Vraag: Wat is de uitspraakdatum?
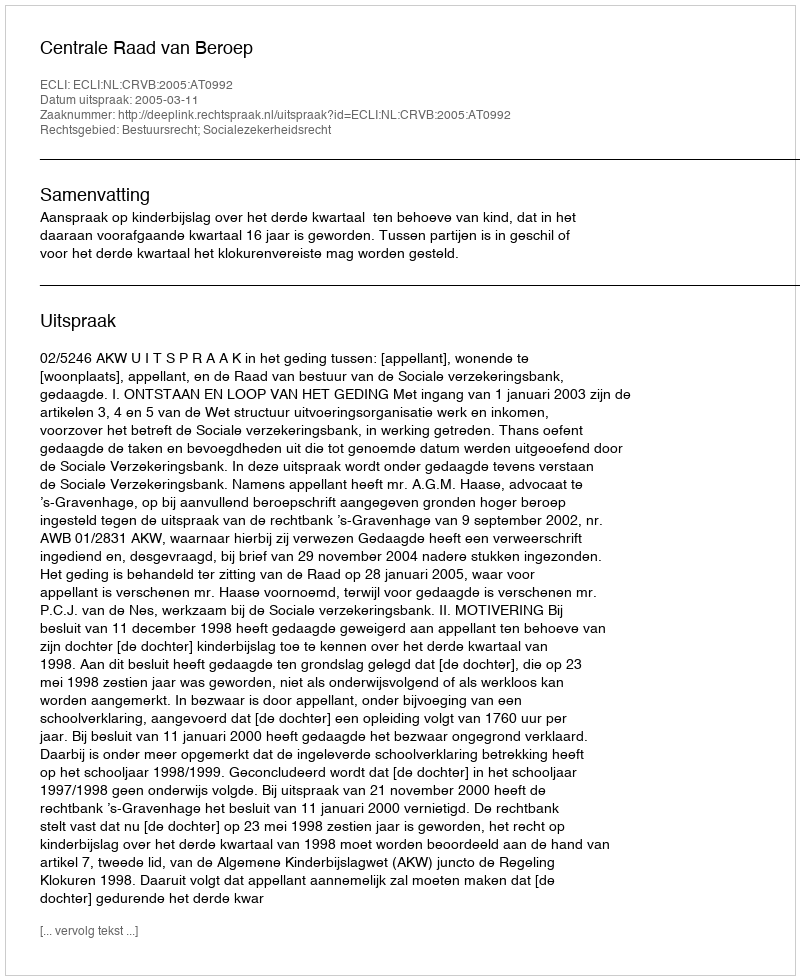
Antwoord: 2005-03-11